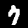
Digit: 7